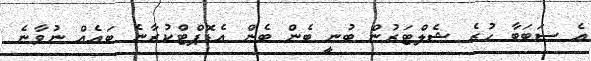
އެ ސަބަބާ ހުރެ ޝެލްޓަރުން ބުނީ ބެން ބެން އެޑޮޕްޓްކުރާނެ ބައެއް ނުވާނެ